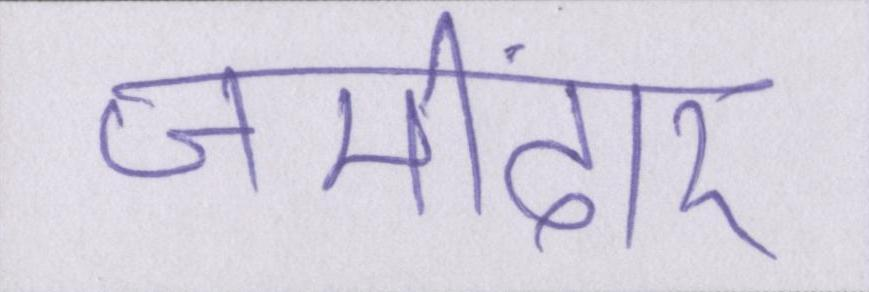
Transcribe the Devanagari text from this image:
जमींदार